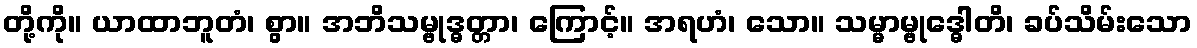
တို့ကို။ ယာထာဘူတံ၊ စွာ။ အဘိသမ္ဗုဒ္ဓတ္တာ၊ ကြောင့်။ အရဟံ၊ သော။ သမ္မာမ္ဗုဒ္ဓေါတိ၊ ခပ်သိမ်းသော